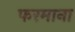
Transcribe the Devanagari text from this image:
फरमाना